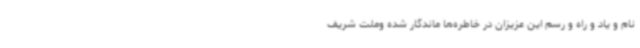
نام و یاد و راه و رسم این عزیزان در خاطره‌ها ماندگار شده وملت شریف